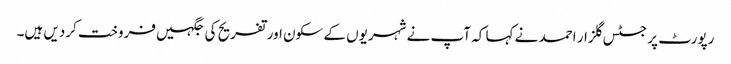
رپورٹ پر جسٹس گلزار احمد نے کہا کہ آپ نے شہریوں کے سکون اور تفریح کی جگہیں فروخت کردیں ہیں۔